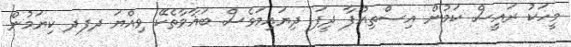
މީހަކު ރައީސް ކަމުން އިސްތިއުފާ ދީފަ ދިޔައިމަވެސް ބަޣާވާތެކޭ ވިއްޔަ ދފދ ކިޔަމުން